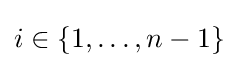
i\in \{1,\dots ,n-1\}